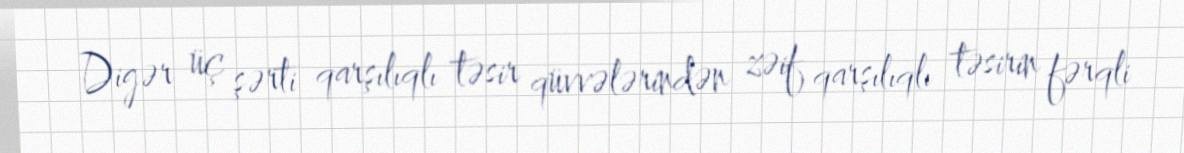
Digər üç şərti qarşılıqlı təsir qüvvələrindən zəif qarşılıqlı təsirin fərqli